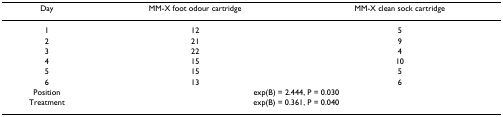
| Day | MM-X foot odour cartridge | MM-X clean sock cartridge |
 | --- | --- | --- |
 | 1 | 12 | 5 |
 | 2 | 21 | 9 |
 | 3 | 22 | 4 |
 | 4 | 15 | 10 |
 | 5 | 15 | 5 |
 | 6 | 13 | 6 |
 | Position | <COLSPAN=2> exp(B) = 2.444, P = 0.030 |
 | Treatment | <COLSPAN=2> exp(B) = 0.361, P = 0.040 |